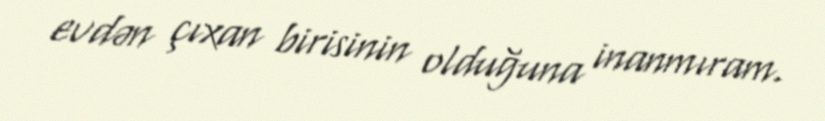
evdən çıxan birisinin olduğuna inanmıram.